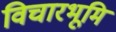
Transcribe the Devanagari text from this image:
विचारभूमि